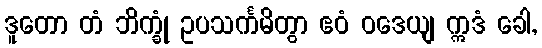
ဒူတော တံ ဘိက္ခုံ ဥပသင်္ကမိတွာ ဧဝံ ဝဒေယျ ဣဒံ ခေါ,